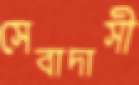
সেবাদাসী